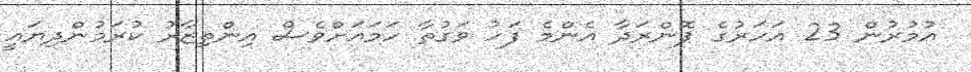
އުމުރުން 23 އަހަރުގެ ޕޮންރަދާ އެންމެ ފަހު ވަގުތާ ހަމައަށްވެސް އިންތިޒާރު ކުރަމުންދިޔައީ